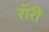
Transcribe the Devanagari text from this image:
रॉरी